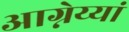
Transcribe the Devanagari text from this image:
आग्नेय्यां